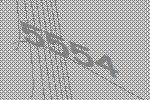
5554